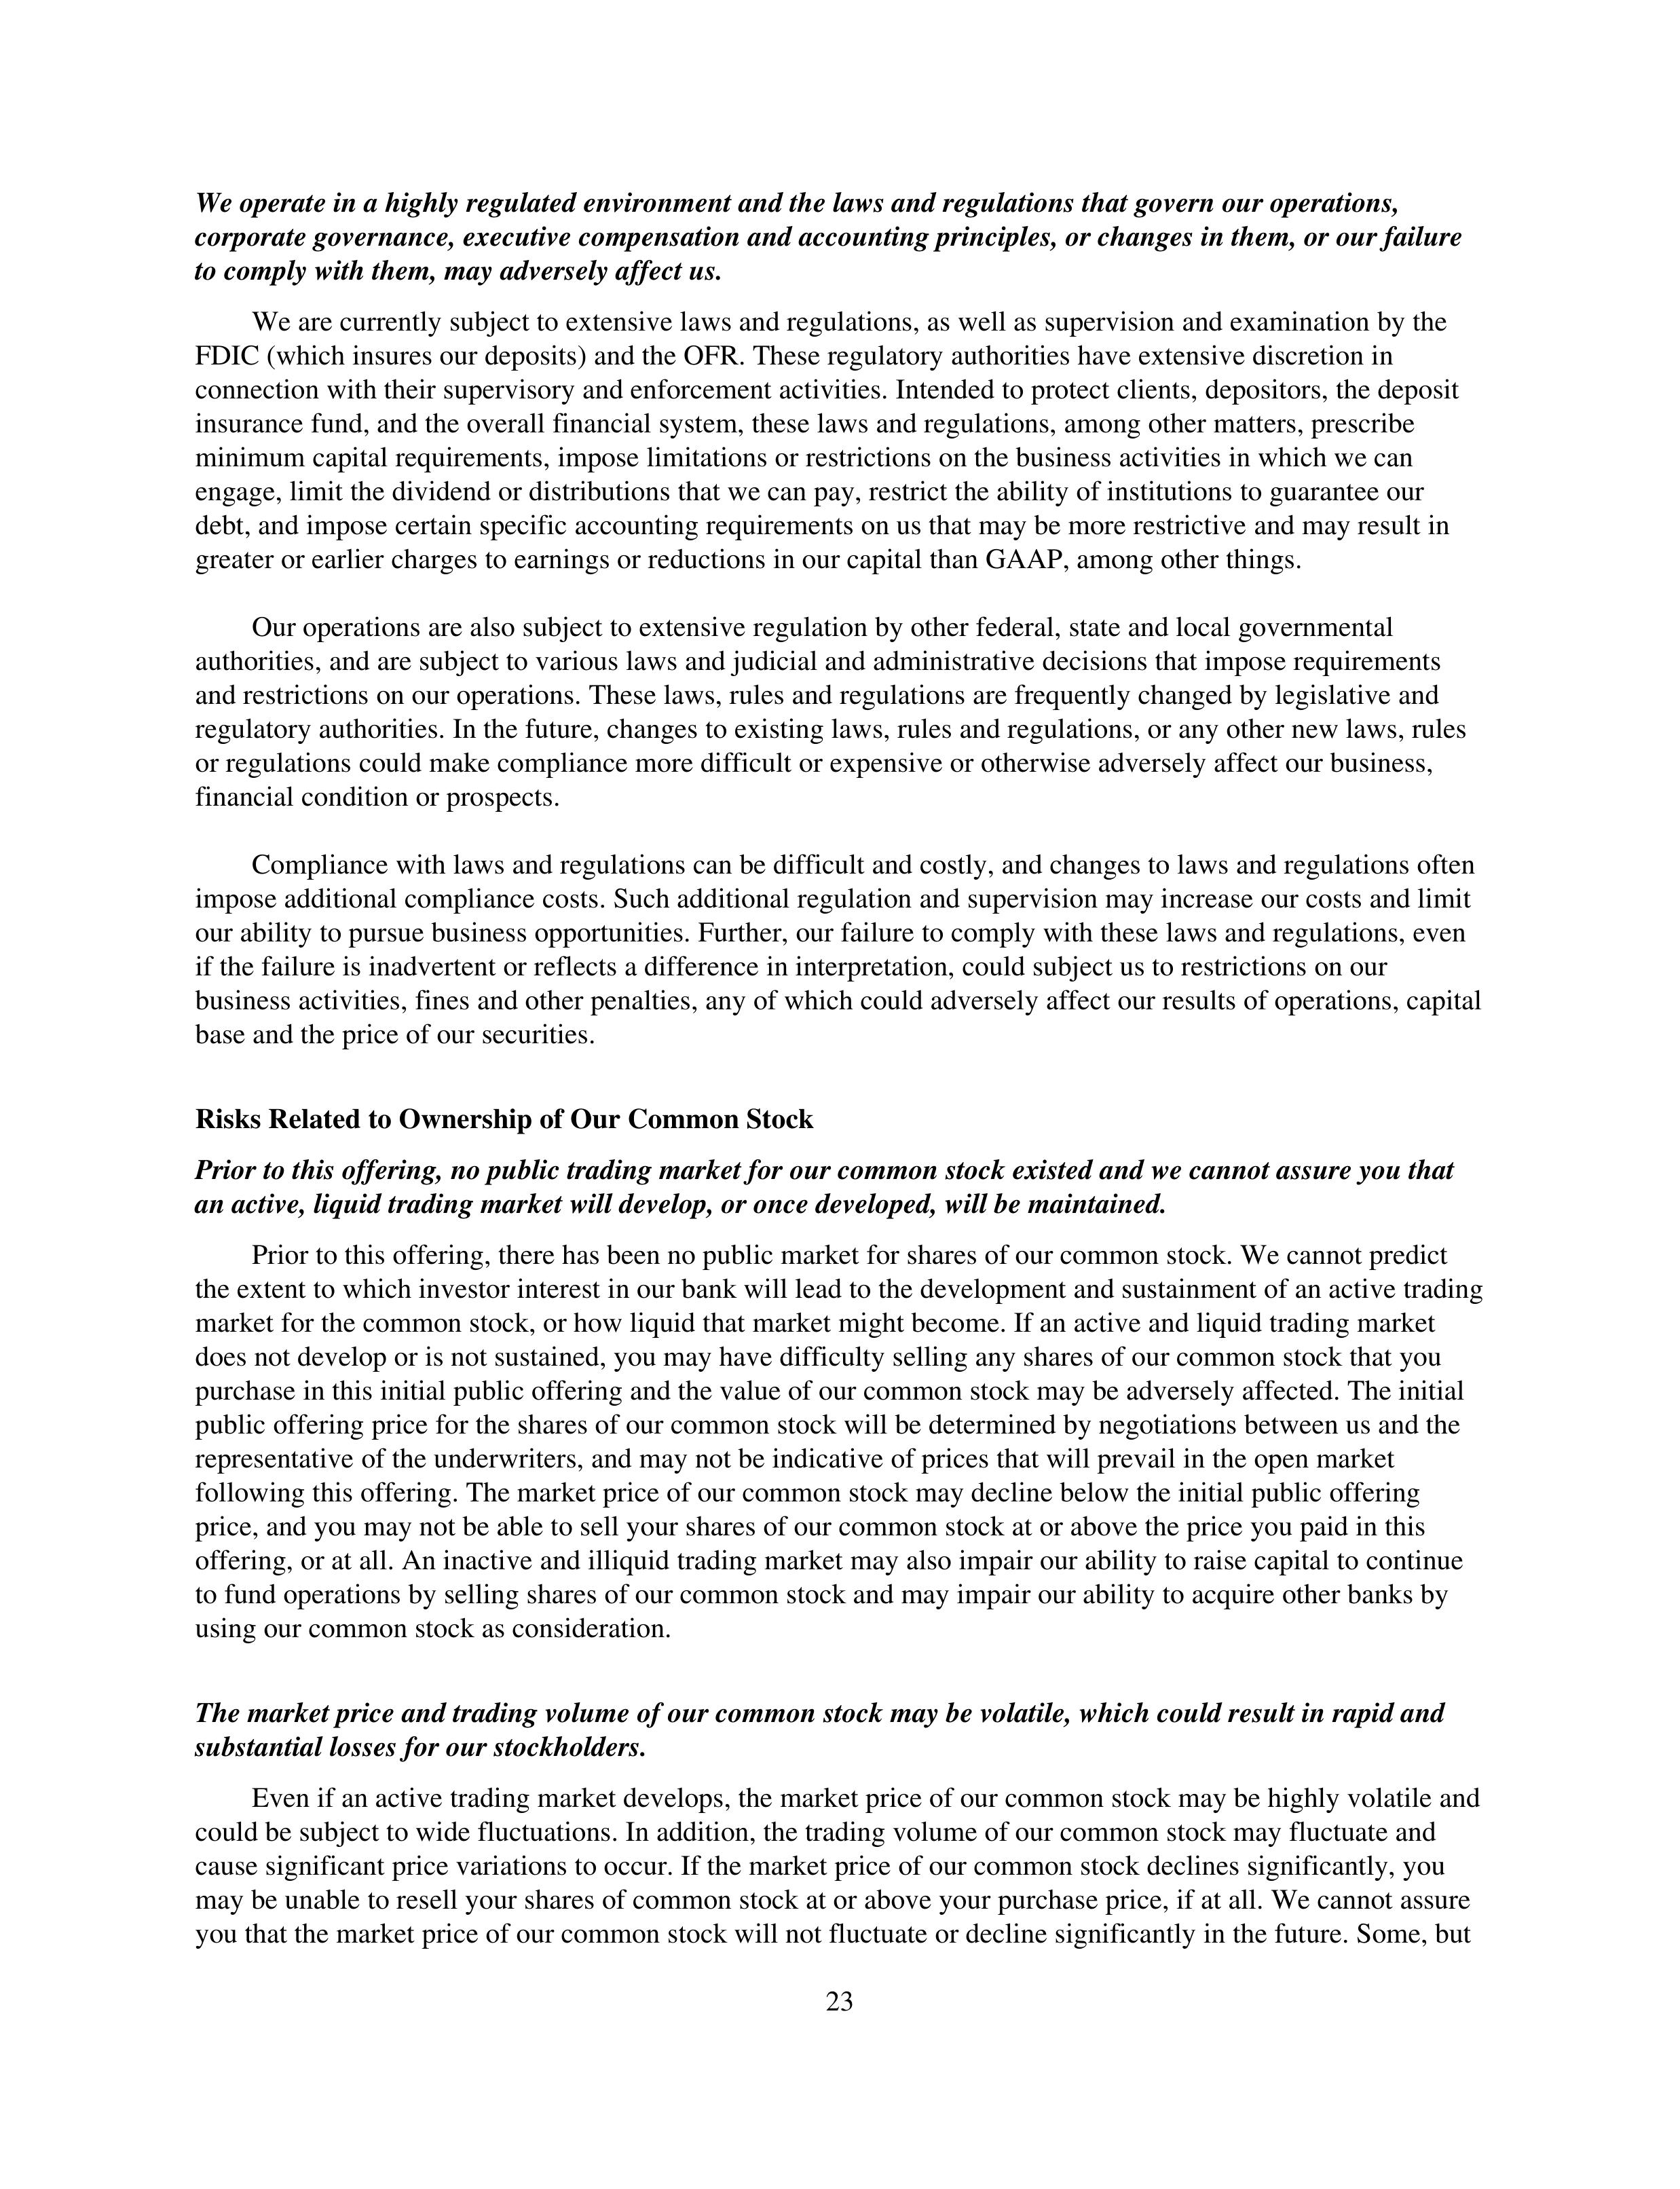
We operate in a highly regulated environment and the laws and regulations that govern our operations,
corporate governance, executive compensation and accounting principles, or changes in them, or our failure
to comply with them, may adversely affect us.

We are currently subject to extensive laws and regulations, as well as supervision and examination by the
FDIC (which insures our deposits) and the OFR. These regulatory authorities have extensive discretion in
connection with their supervisory and enforcement activities. Intended to protect clients, depositors, the deposit
insurance fund, and the overall financial system, these laws and regulations, among other matters, prescribe
minimum capital requirements, impose limitations or restrictions on the business activities in which we can
engage, limit the dividend or distributions that we can pay, restrict the ability of institutions to guarantee our
debt, and impose certain specific accounting requirements on us that may be more restrictive and may result in
greater or earlier charges to earnings or reductions in our capital than GAAP, among other things.

Our operations are also subject to extensive regulation by other federal, state and local governmental
authorities, and are subject to various laws and judicial and administrative decisions that impose requirements
and restrictions on our operations. These laws, rules and regulations are frequently changed by legislative and
regulatory authorities. In the future, changes to existing laws, rules and regulations, or any other new laws, rules
or regulations could make compliance more difficult or expensive or otherwise adversely affect our business,
financial condition or prospects.

Compliance with laws and regulations can be difficult and costly, and changes to laws and regulations often
impose additional compliance costs. Such additional regulation and supervision may increase our costs and limit
our ability to pursue business opportunities. Further, our failure to comply with these laws and regulations, even
if the failure is inadvertent or reflects a difference in interpretation, could subject us to restrictions on our
business activities, fines and other penalties, any of which could adversely affect our results of operations, capital
base and the price of our securities.

Risks Related to Ownership of Our Common Stock

Prior to this offering, no public trading market for our common stock existed and we cannot assure you that
an active, liquid trading market will develop, or once developed, will be maintained.

Prior to this offering, there has been no public market for shares of our common stock. We cannot predict
the extent to which investor interest in our bank will lead to the development and sustainment of an active trading
market for the common stock, or how liquid that market might become. If an active and liquid trading market
does not develop or is not sustained, you may have difficulty selling any shares of our common stock that you
purchase in this initial public offering and the value of our common stock may be adversely affected. The initial
public offering price for shares of our common stock will be determined by negotiations between us and the
representative of the underwriters, and may not be indicative of prices that will prevail in the open market
following this offering. The market price of our common stock may decline below the initial public offering
price, and you may not be able to sell your shares of our common stock at or above the price you paid in this
offering, or at all. An inactive and illiquid trading market may also impair our ability to raise capital to continue
to fund operations by selling shares of our common stock and may impair our ability to acquire other banks by
using our common stock as consideration.

The market price and trading volume of our common stock may be volatile, which could result in rapid and
substantial losses for our stockholders.

Even if an active trading market develops, the market price of our common stock may be highly volatile and
could be subject to wide fluctuations. In addition, the trading volume of our common stock may fluctuate and
cause significant price variations to occur. If the market price of our common stock declines significantly, you
may be unable to resell your shares of common stock at or above your purchase price, if at all. We cannot assure
you that the market price of our common stock will not fluctuate or decline significantly in the future. Some, but

23